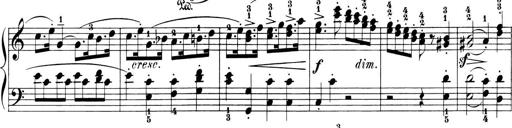
Title: 6 Piano Sonatinas
Composer: Cornelius Gurlitt